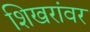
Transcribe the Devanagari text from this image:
शिखरांवर